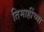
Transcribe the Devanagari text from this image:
तिमाहींच्या